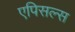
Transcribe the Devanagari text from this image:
एपिसल्स